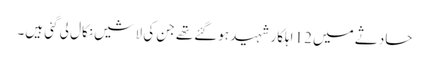
حادثے میں 12 اہلکار شہید ہوگئےتھے جن کی لاشیں نکال لی گئی ہیں۔